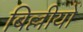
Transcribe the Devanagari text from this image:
बिल्लीयों